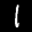
Label: 1